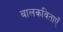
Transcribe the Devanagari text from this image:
बालकविताएँ